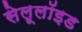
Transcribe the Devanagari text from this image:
सेलूलॉइड